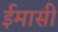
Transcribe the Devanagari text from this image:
ईमासी